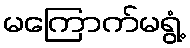
မကြောက်မရွံ့